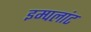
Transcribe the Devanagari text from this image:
इम्पलांट